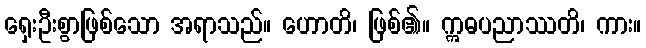
ရှေးဦးစွာဖြစ်သော အရာသည်။ ဟောတိ၊ ဖြစ်၏။ ဣဓပညာဿတိ၊ ကား။